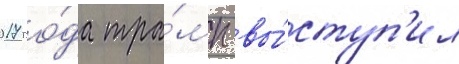
2017 го́да тра́мп вы́ступ'ил